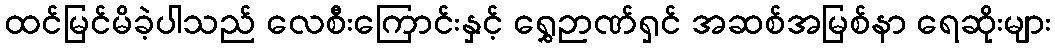
ထင်မြင်မိခဲ့ပါသည် လေစီးကြောင်းနှင့် ရွှေဉာဏ်ရှင် အဆစ်အမြစ်နာ ရေဆိုးများ